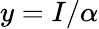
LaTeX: y=I/\alpha